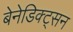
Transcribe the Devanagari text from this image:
बेनेडिक्ट्सन